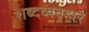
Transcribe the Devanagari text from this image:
शब्दव्यवहार